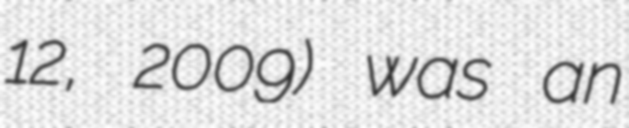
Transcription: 12, 2009) was an